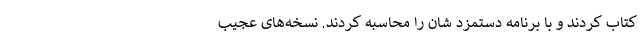
کتاب کردند و با برنامه دستمزد شان را محاسبه کردند. نسخه‌های عجیب